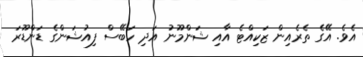
އެވެ. އޭގެ ތެރެއިން ޒަކިއްޓެ އާއި ޝަންމޫނު އަދި ހަބޭސް ފިއުޝަންގެ ޑަންޑޫރަ